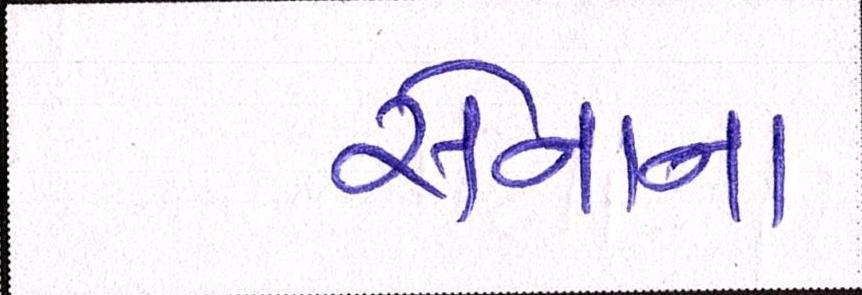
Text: સેનાના